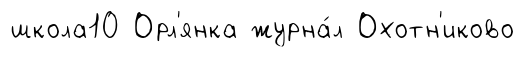
школа10 Орл'янка журна́л Охотн'иково